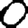
Digit: 0